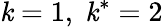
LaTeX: \mathit{k}=1,\; \mathit{k}^{*}=2